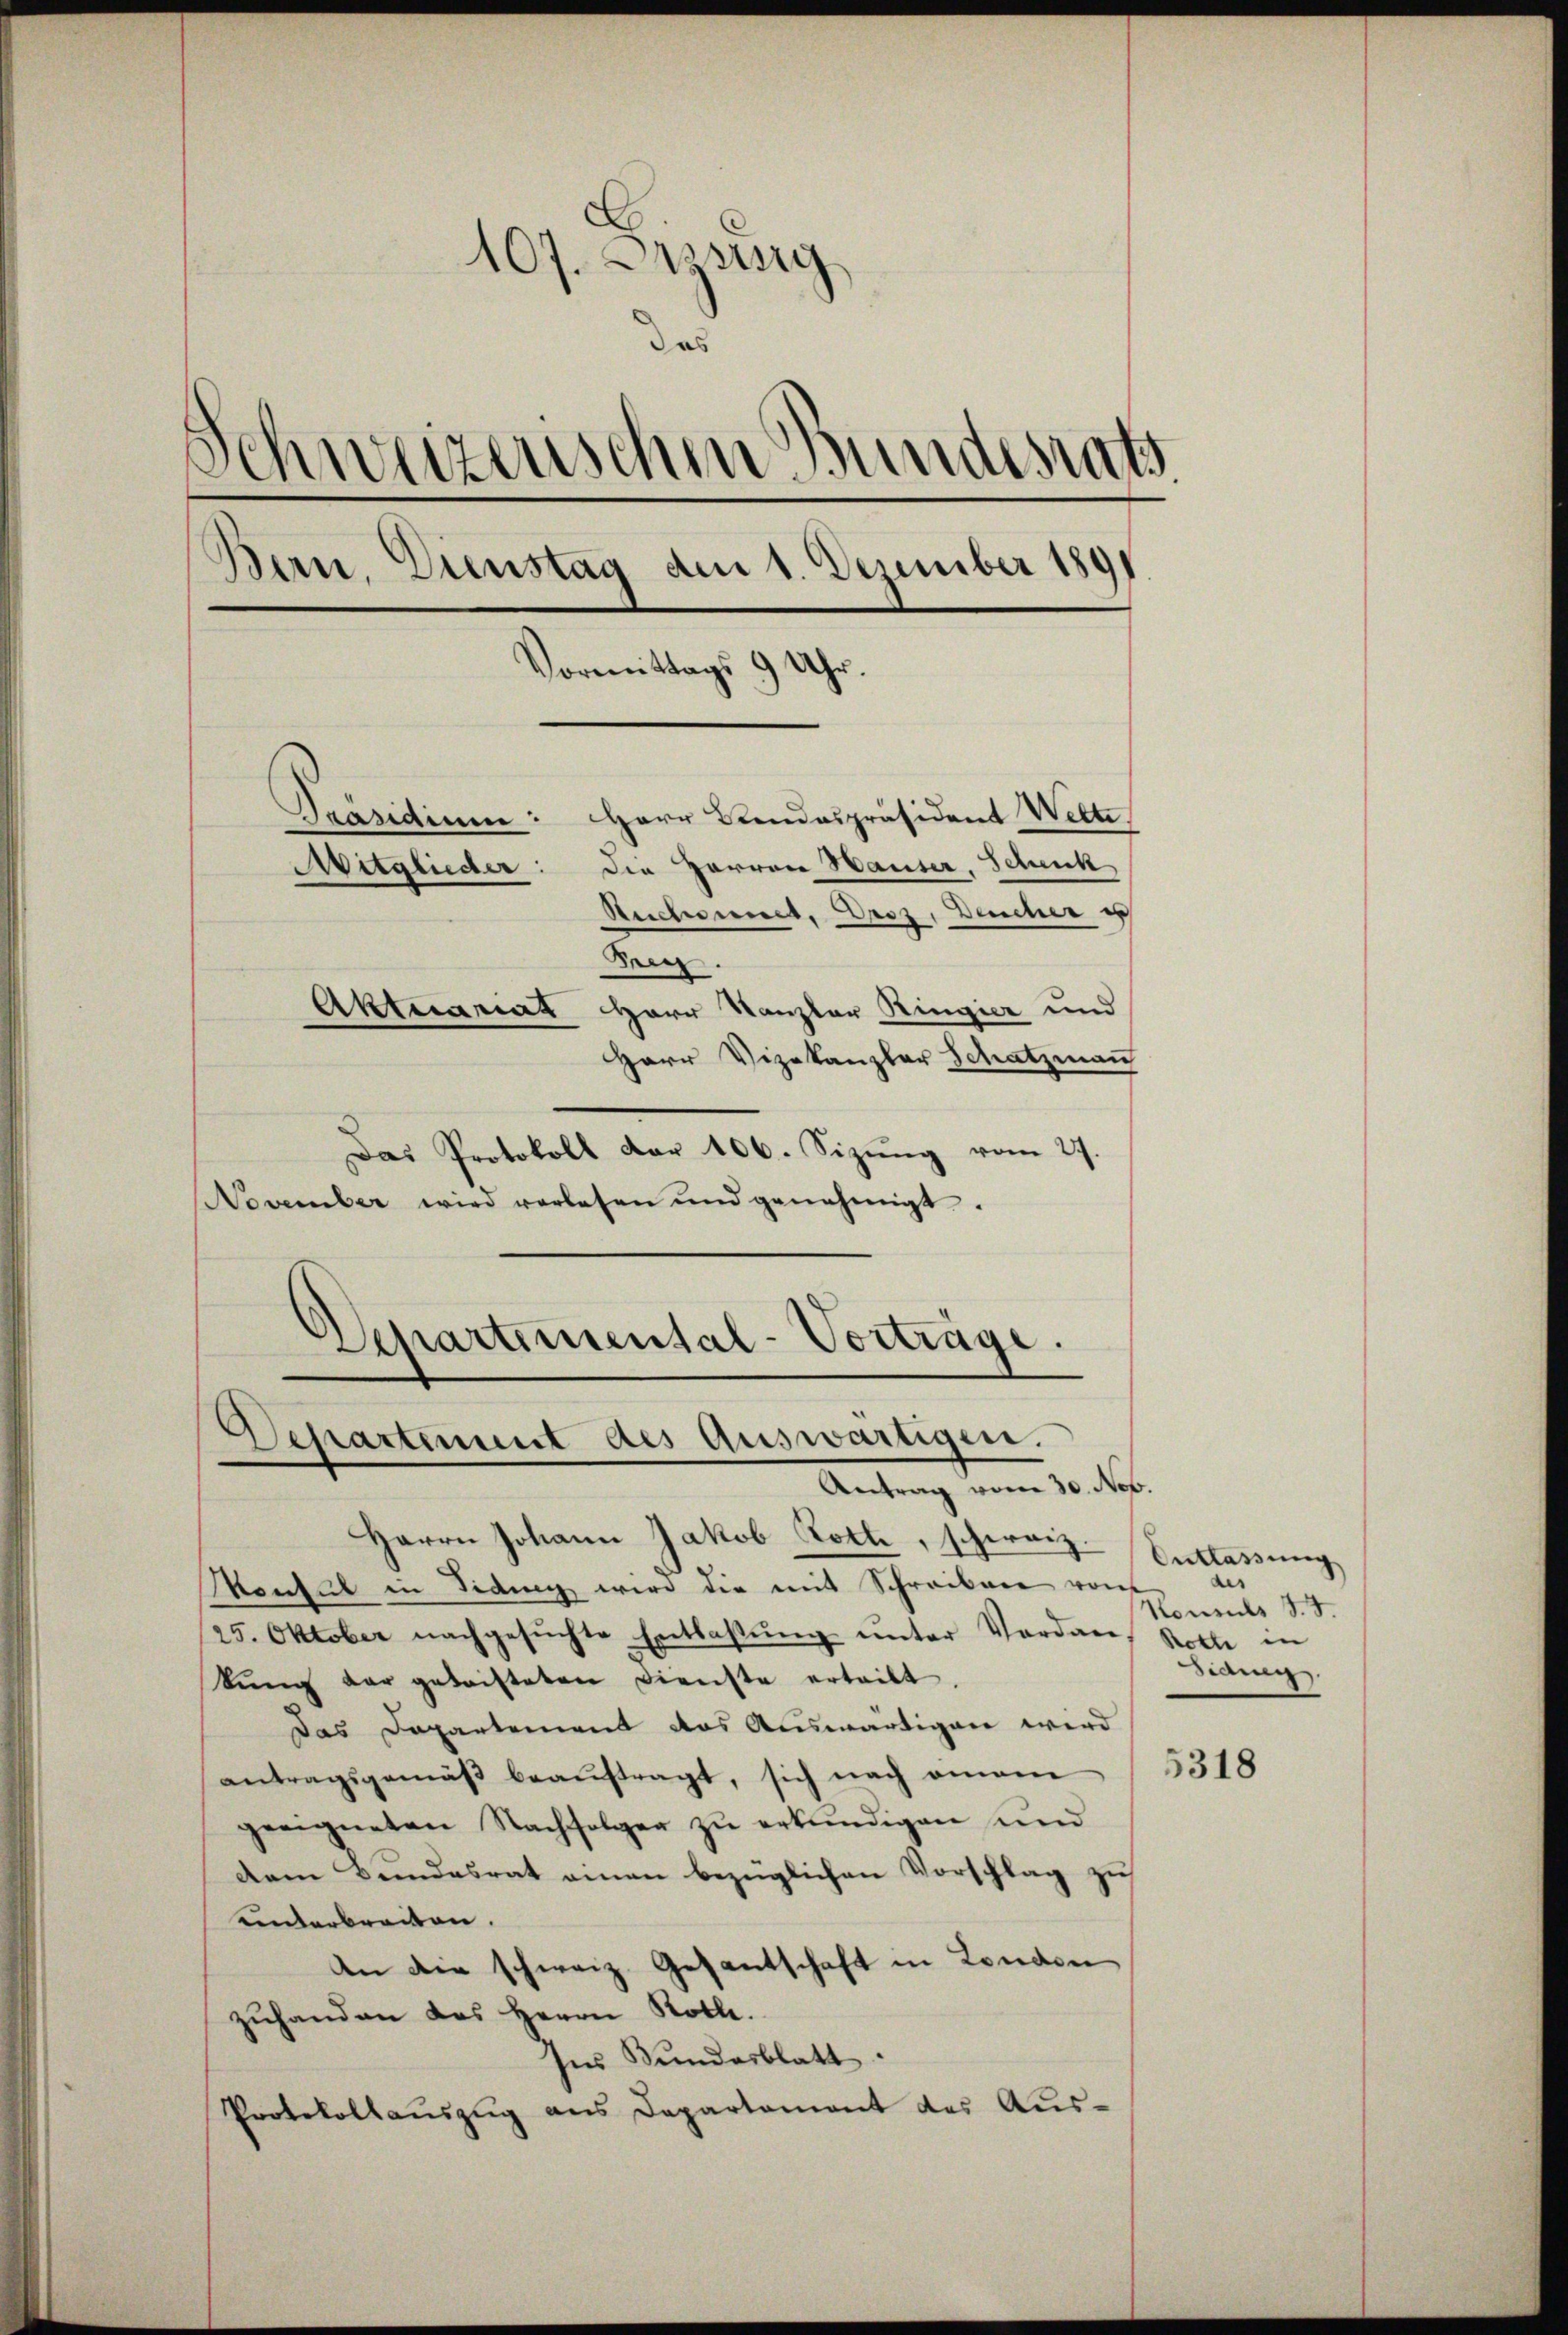
107. Desing
das
s
C
inweizerischen Bundesrath
Bern, Dienstag den 1. Dezember 1891
Vormittags 9 Uhr.
Präsidium: Herr Beendespräsident Wette
Mitglieder: die Herren Hauser, Schenk
Reichsenes, Droz, Deucher e

Bey.
Aktuariat Herr Kanzler Ringier und
Herr Vizekanzler Schatzman
Das Protokoll dar 106. Sizung vom 27.
November wird verlesen und genehmigt.
Departimental-Vorträge

Departement des Auswärtigen.
Antrag vom 30. Nov.

Herrn Johann Jakob Roth, schweiz.
Monsul in Fidung wird die mit Schreiben von
25. Oktober nachgesŭchte Entlassŭng ŭnter Vordanf Rotte in
kŭng der geleisteten Dienste ertritt,
Das Departement das Auswärtigen wird
antragsgemäβ beaŭftragt, sich nach omam
geeigneten Nachfolger zu erkundigen und
dem Bundesrat einen bezüglichen Vorschlag zu
uinterbreiten.
An die schweiz. Gesantschaft in London
zŭhanden das Herrn Rolle.
ses Bundesblatt.
Protokollauszug aus Departement des Aus¬

Entlassung
e
Konsuls d. J.
Siang

5318